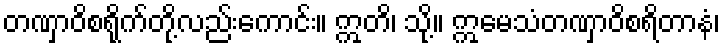
တဏှာဝိစရိုက်တို့လည်းကောင်း။ ဣတိ၊ သို့။ ဣမေသံတဏှာဝိစရိတာနံ၊